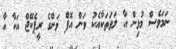
ނަމަވެސް މުޅިން އާ ލަވަތަކާއެކު ވަން އޮފް ވަންގެ ރީޕެކޭޖް އަކާ އާ